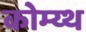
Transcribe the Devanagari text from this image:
कोम्य्थ